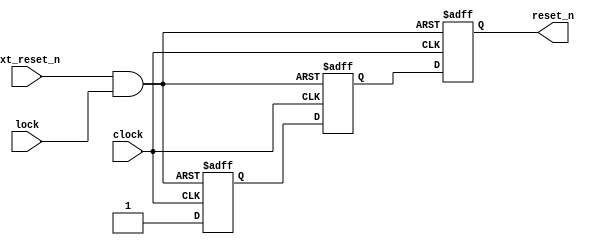
module reset (clock, ext_reset_n, lock, reset_n);
input clock, ext_reset_n, lock;
output reg reset_n;

reg q0, q1;
wire asynch_reset_n;

assign asynch_reset_n  = ext_reset_n & lock;

always @ (posedge clock or negedge asynch_reset_n)
    if (asynch_reset_n == 1'b0)
        begin
            q0 <= 1'b0;
            q1 <= 1'b0;
            reset_n <= 1'b0;
        end
    else
        begin
            q0 <= 1'b1;
            q1 <= q0;
            reset_n <= q1;
        end 

endmodule